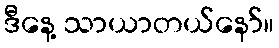
ဒီနေ့ သာယာတယ်နော်။